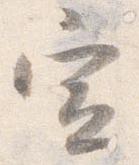
宣